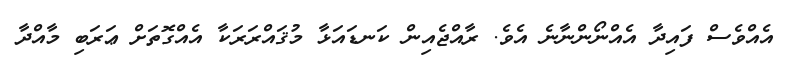
އެއްވެސް ފައިދާ އެއްނޯންނާނެ އެވެ. ރާއްޖެއިން ކަނޑައަޅާ މުޤައްރަރަކާ އެއްގޮތަށް ޢަރަބި މާއްދާ